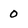
Character: 0